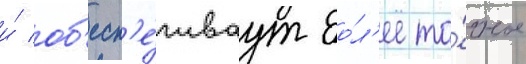
и́ об'есп'е́чиваут бо́л'ее то́чное